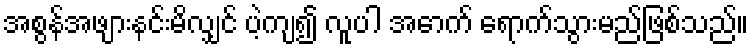
အစွန်အဖျားနင်းမိလျှင် ပဲ့ကျ၍ လူပါ အောက် ရောက်သွားမည်ဖြစ်သည်။